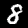
Digit: 8